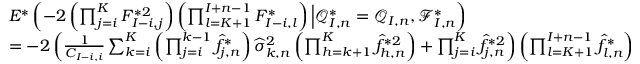
\begin{array} { r l } & { E ^ { * } \left( - 2 \left( \prod _ { j = i } ^ { K } F _ { I - i , j } ^ { * 2 } \right) \left( \prod _ { l = K + 1 } ^ { I + n - 1 } F _ { I - i , l } ^ { * } \right) \Big | \mathcal { Q } _ { I , n } ^ { * } = \mathcal { Q } _ { I , n } , \mathcal { F } _ { I , n } ^ { * } \right) } \\ & { = - 2 \left( \frac { 1 } { C _ { I - i , i } } \sum _ { k = i } ^ { K } \left( \prod _ { j = i } ^ { k - 1 } \widehat f _ { j , n } ^ { * } \right) \widehat \sigma _ { k , n } ^ { 2 } \left( \prod _ { h = k + 1 } ^ { K } \widehat f _ { h , n } ^ { * 2 } \right) + \prod _ { j = i } ^ { K } \widehat f _ { j , n } ^ { * 2 } \right) \left( \prod _ { l = K + 1 } ^ { I + n - 1 } \widehat f _ { l , n } ^ { * } \right) } \end{array}